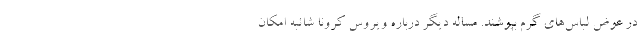
در عوض لباس‌های گرم بپوشند. مساله دیگر درباره ویروس کرونا شائبه امکان